Scottish Leaving Certificate Examination, 1960
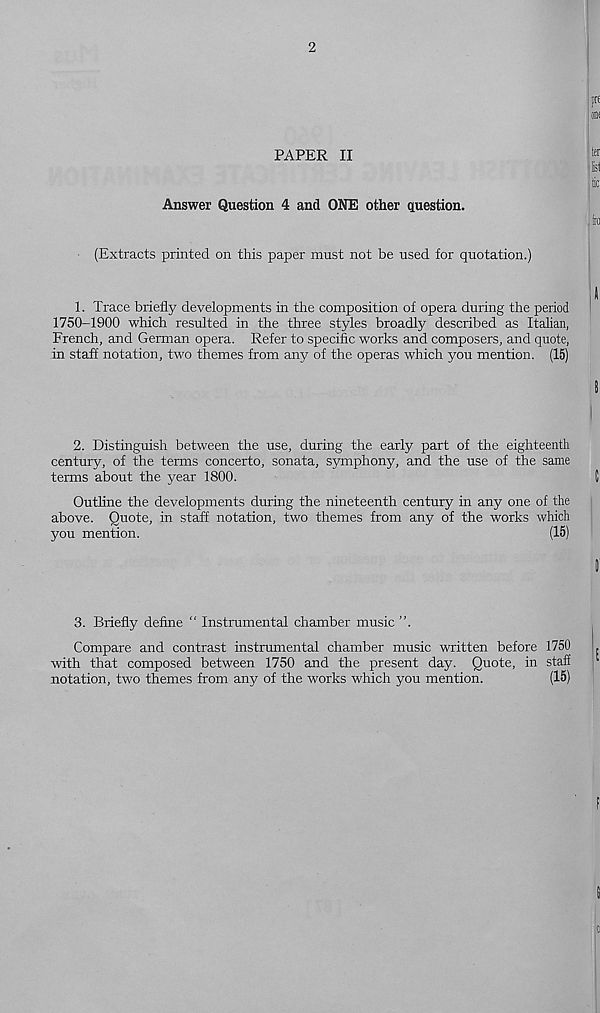
2
PAPER II
Answer Question 4 and ONE other question.
(Extracts printed on this paper must not be used for quotation.)
1. Trace briefly developments in the composition of opera during the period
1750-1900 which resulted in the three styles broadly described as Italian,
French, and German opera. Refer to specific works and composers, and quote,
in staff notation, two themes from any of the operas which you mention. (15)
2. Distinguish between the use, during the early part of the eighteenth
century, of the terms concerto, sonata, symphony, and the use of the same
terms about the year 1800.
Outline the developments during the nineteenth century in any one of the
above. Quote, in staff notation, two themes from any of the works which
you mention.
(15)
3. Briefly define “ Instrumental chamber music ”.
Compare and contrast instrumental chamber music written before 1750
with that composed between 1750 and the present day. Quote, in staff
notation, two themes from any of the works which you mention.
(15)